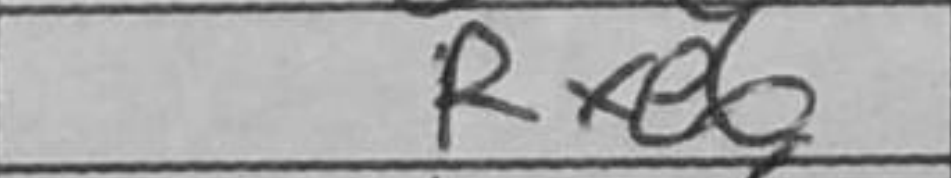
Transcription: Rxe6